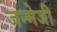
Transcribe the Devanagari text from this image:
जन्मेजी